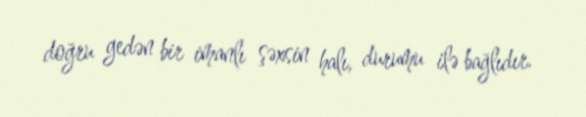
doğru gedən bir imanlı şəxsin halı, durumu ilə bağlıdır.